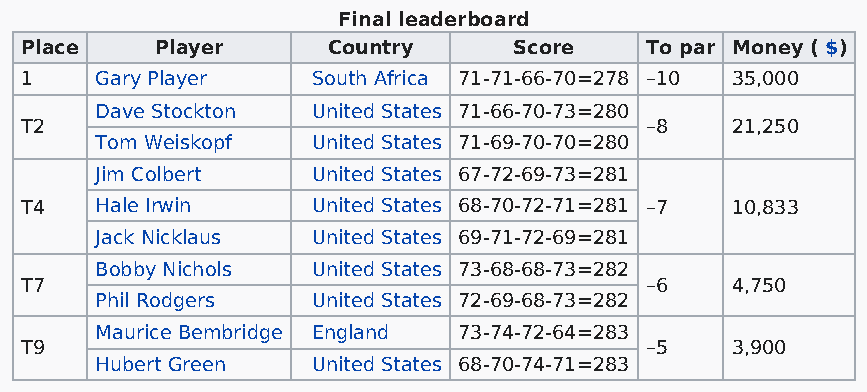
Final leaderboard
 Place    Player      Country     Score    To par Money ( $)
 1    Gary Player    South Africa 71-71-66-70=278 –10 35,000
 Dave Stockton  United States 71-66-70-73=280
 T2                                        –8   21,250
 Tom Weiskopf   United States 71-69-70-70=280
 Jim Colbert    United States 67-72-69-73=281
 T4   Hale Irwin     United States 68-70-72-71=281 –7 10,833
 Jack Nicklaus  United States 69-71-72-69=281
 Bobby Nichols  United States 73-68-68-73=282
 T7                                        –6   4,750
 Phil Rodgers   United States 72-69-68-73=282
 Maurice Bembridge England 73-74-72-64=283
 T9                                        –5   3,900
 Hubert Green   United States 68-70-74-71=283